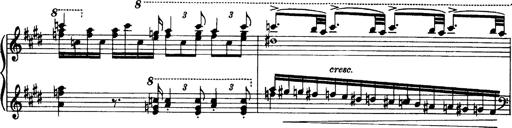
Title: OuvertÃ¼re zu TannhÃ¤user
Composer: Franz Liszt